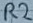
Text: R2